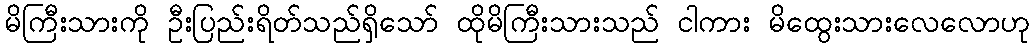
မိကြီးသားကို ဦးပြည်းရိတ်သည်ရှိသော် ထိုမိကြီးသားသည် ငါကား မိထွေးသားလေလောဟု